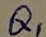
Text: Q1